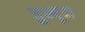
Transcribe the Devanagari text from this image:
जुम्पून